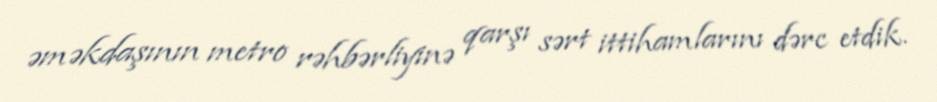
əməkdaşının metro rəhbərliyinə qarşı sərt ittihamlarını dərc etdik.